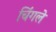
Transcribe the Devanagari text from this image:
चिंगले